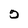
Character: o